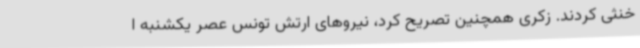
خنثی کردند. زکری همچنین تصریح کرد، نیروهای ارتش تونس عصر یکشنبه ا